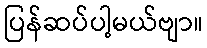
ပြန်ဆပ်ပါ့မယ်ဗျာ။